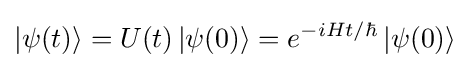
\left|\psi (t)\right\rangle =U(t)\left|\psi (0)\right\rangle =e^{-iHt/\hbar }\left|\psi (0)\right\rangle